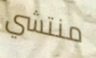
منتشي